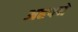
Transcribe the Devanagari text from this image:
अहपने